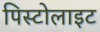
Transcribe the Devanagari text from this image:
पिस्टोलाइट